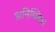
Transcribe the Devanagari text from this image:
अनिच्छित।